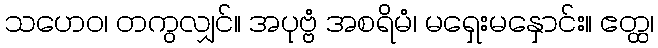
သဟေဝ၊ တကွလျှင်။ အပုဗ္ဗံ အစရိမံ၊ မရှေးမနှောင်း။ ဧတ္ထ၊